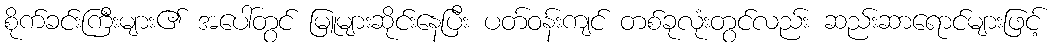
စိုက်ခင်းကြီးများ၏ အပေါ်တွင် မြူများဆိုင်းနေပြီး ပတ်ဝန်းကျင် တစ်ခုလုံးတွင်လည်း ဆည်းဆာရောင်များဖြင့်